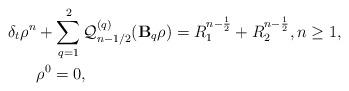
LaTeX: \begin{align*} \delta_t \rho^n & + \sum\limits_{q=1}^{2}\mathcal{Q}_{n-1/2}^{(q)}(\mathbf{B}_q\rho) = R_1^{n-\frac{1}{2}} + R_2^{n-\frac{1}{2}}, n\geq 1, \\ & \rho^0=0, \end{align*}